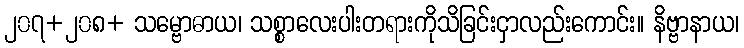
၂၀၇+၂၀၈+ သမ္ဗောဓာယ၊ သစ္စာလေးပါးတရားကိုသိခြင်းငှာလည်းကောင်း။ နိဗ္ဗာနာယ၊